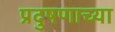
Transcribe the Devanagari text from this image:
प्रदुषणाच्या